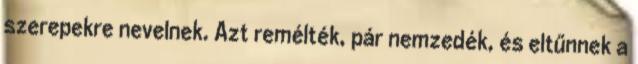
szerepekre nevelnek. Azt remélték, pár nemzedék, és eltűnnek a